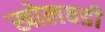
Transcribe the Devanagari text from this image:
खोलवडी